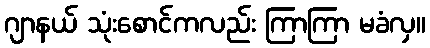
ဂျာနယ် သုံးစောင်ကလည်း ကြာကြာ မခံလှ။